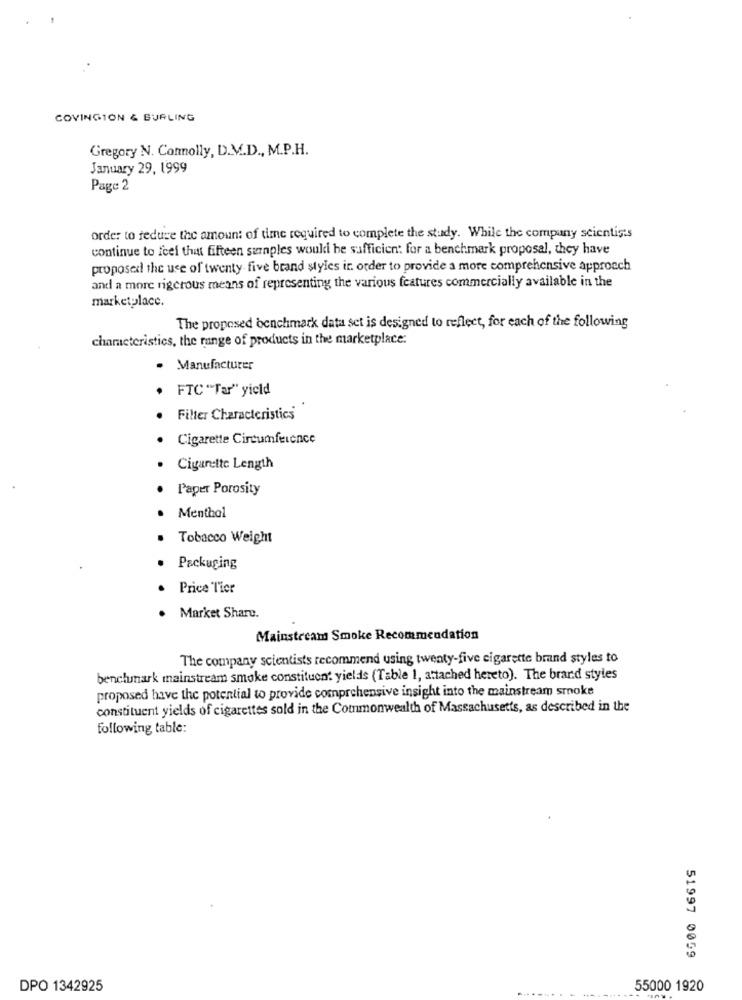
COVINGTON & BURLING
Gregory N. Connolly, D.M.D ., M.P.H.
January 29, 1999
Page 2
order to reduce the amount of time required to complete the study. While the company scientists
continue to feel that fifteen surnples wouldi be sufficient for a benchmark proposal, they have
proposed the use of twenty- five brand styles in order to provide a more comprehensive approach
and a more rigcrous means of representing the various features commercially available in the
marketplace.
The proposed benchmark data set is designed to reflect, for each of the following
characteristics, the range of products in the marketplace:
· Manufacturer
FTC "Tar" yield
Filter Characteristics
Cigarette Circumference
Cigarette Length
Paper Porosity
Menthol
Tobacco Weight
Packaging
. Price Tier
. Market Share.
Mainstream Smoke Recommendation
The company scientists recommend using twenty-five cigarette brand styles to
benchmark mainstream smoke constituent yields (Table 1, attached hereto). The brand styles
proposed have the potential to provide comprehensive insight into the mainstream smoke
constituent yields of cigarettes sold in the Commonwealth of Massachusetts, as described in the
following table:
51997 0059
DPO 1342925
55000 1920